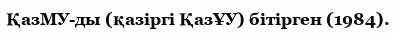
ҚазМУ-ды (қазіргі ҚазҰУ) бітірген (1984).